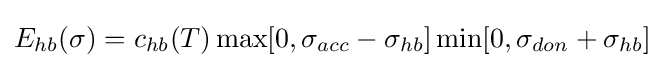
E_{hb}(\sigma )=c_{hb}(T)\max[0,\sigma _{acc}-\sigma _{hb}]\min[0,\sigma _{don}+\sigma _{hb}]